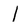
Character: l